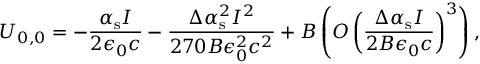
U _ { 0 , 0 } = - \frac { \alpha _ { \mathrm { s } } I } { 2 \epsilon _ { 0 } c } - \frac { \Delta \alpha _ { \mathrm { s } } ^ { 2 } I ^ { 2 } } { 2 7 0 B \epsilon _ { 0 } ^ { 2 } c ^ { 2 } } + B \left( O \left( \frac { \Delta \alpha _ { \mathrm { s } } I } { 2 B \epsilon _ { 0 } c } \right) ^ { 3 } \right) ,